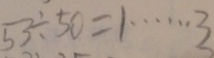
5 3 \div 5 0 = 1 \cdots 3